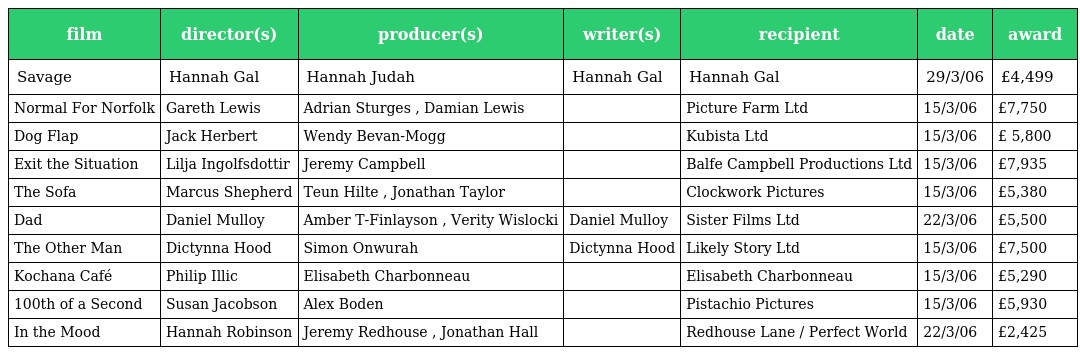
| film | director(s) | producer(s) | writer(s) | recipient | date | award |
 | --- | --- | --- | --- | --- | --- | --- |
 | Savage | Hannah Gal | Hannah Judah | Hannah Gal | Hannah Gal | 29/3/06 | £4,499 |
 | Normal For Norfolk | Gareth Lewis | Adrian Sturges , Damian Lewis |  | Picture Farm Ltd | 15/3/06 | £7,750 |
 | Dog Flap | Jack Herbert | Wendy Bevan-Mogg |  | Kubista Ltd | 15/3/06 | £ 5,800 |
 | Exit the Situation | Lilja Ingolfsdottir | Jeremy Campbell |  | Balfe Campbell Productions Ltd | 15/3/06 | £7,935 |
 | The Sofa | Marcus Shepherd | Teun Hilte , Jonathan Taylor |  | Clockwork Pictures | 15/3/06 | £5,380 |
 | Dad | Daniel Mulloy | Amber T-Finlayson , Verity Wislocki | Daniel Mulloy | Sister Films Ltd | 22/3/06 | £5,500 |
 | The Other Man | Dictynna Hood | Simon Onwurah | Dictynna Hood | Likely Story Ltd | 15/3/06 | £7,500 |
 | Kochana Café | Philip Illic | Elisabeth Charbonneau |  | Elisabeth Charbonneau | 15/3/06 | £5,290 |
 | 100th of a Second | Susan Jacobson | Alex Boden |  | Pistachio Pictures | 15/3/06 | £5,930 |
 | In the Mood | Hannah Robinson | Jeremy Redhouse , Jonathan Hall |  | Redhouse Lane / Perfect World | 22/3/06 | £2,425 |